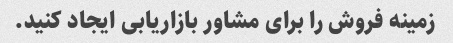
زمینه فروش را برای مشاور بازاریابی ایجاد کنید.